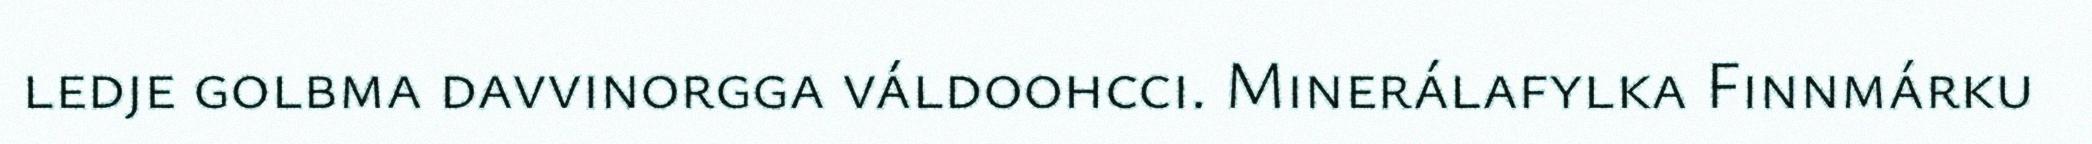
ledje golbma davvinorgga váldoohcci. Minerálafylka Finnmárku